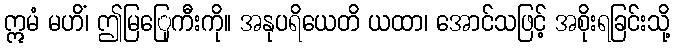
ဣမံ မဟိံ၊ ဤမြြေုကီးကို။ အနုပရိယေတိ ယထာ၊ အောင်သဖြင့် အစိုးရခြင်းသို့